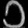
Digit: ၁